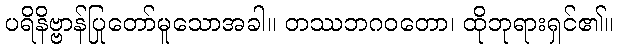
ပရိနိဗ္ဗာန်ပြုတော်မူသောအခါ။ တဿဘဂဝတော၊ ထိုဘုရားရှင်၏။